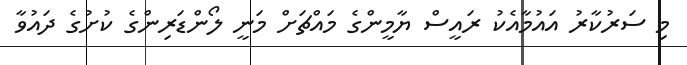
މި ސަރުކާރު އައުމާއެކު ރައީސް ޔާމީންގެ މައްޗަށް މަނީ ލޯންޑަރިންގެ ކުށުގެ ދައުވާ